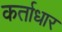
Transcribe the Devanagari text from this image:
कर्ताधार